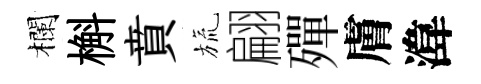
欄槲賁旒翩殫膚湋